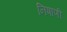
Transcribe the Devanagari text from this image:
निषाणी